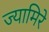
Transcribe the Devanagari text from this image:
ज्यामिरे